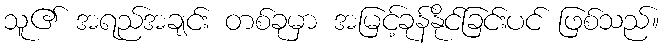
သူ၏ အရည်အချင်း တစ်ခုမှာ အမြင့်ခုန်နိုင်ခြင်းပင် ဖြစ်သည်။